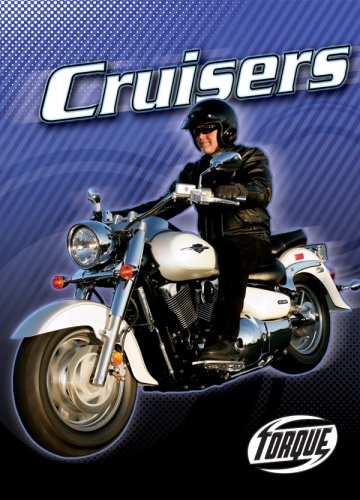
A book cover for Cruisers (Torque Books: Motorcycles) (Torque: Motorcycles); Jack David; Children's Books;